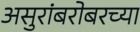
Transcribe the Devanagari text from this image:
असुरांबरोबरच्या